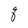
Character: q